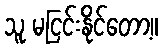
သူ မငြင်းနိုင်တော့။